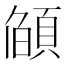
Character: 𮨌